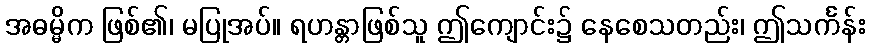
အဓမ္မိက ဖြစ်၏၊ မပြုအပ်။ ရဟန္တာဖြစ်သူ ဤကျောင်း၌ နေစေသတည်း၊ ဤသင်္ကန်း